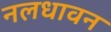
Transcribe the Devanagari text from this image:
नलधावन